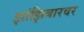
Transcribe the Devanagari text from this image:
झांझिबारवर